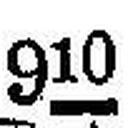
910